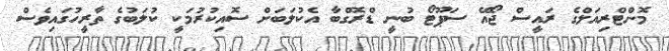
މޮންޓްރިއަލްގެ ރައީސް ޖޯއޭ ސަޕޫޓޯ ބުނީ ޑްރޮގްބާ އެކުލަބަށް ސޮއިކުރުމަކީ ކުލަބުގެ ތާރީހުގައިވެސް